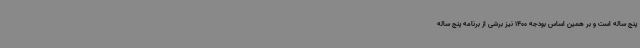
پنج ساله است و بر همین اساس بودجه 1400 نیز برشی از برنامه پنج ساله